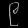
Digit: ၉